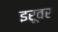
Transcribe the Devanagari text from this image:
इरूवर